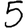
Digit: 5